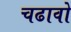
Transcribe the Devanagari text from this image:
चढावो